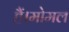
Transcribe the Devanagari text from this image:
हैं।मोमल